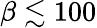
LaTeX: \beta\lesssim 100